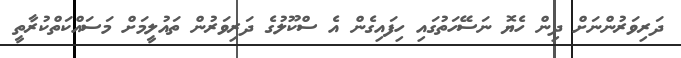
ދަރިވަރުންނަށް ދިން ހެޔޮ ނަސޭހަތުގައި ހިފައިގެން އެ ސްކޫލުގެ ދަރިވަރުން ތައުލީމަށް މަސައްކަތްކުރާތީ